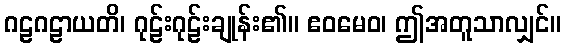
ဂဠဂဠာယတိ၊ ဂုဠ်းဂုဠ်းချုန်း၏။ ဧဝမေဝ၊ ဤအတူသာလျှင်။